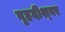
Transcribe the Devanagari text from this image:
वृहदीश्‍वर